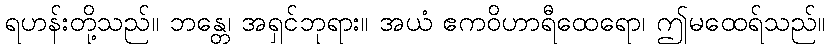
ရဟန်းတို့သည်။ ဘန္တေ၊ အရှင်ဘုရား။ အယံ ဧကဝိဟာရီထေရော၊ ဤမထေရ်သည်။